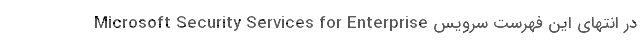
در انتهای این فهرست سرویس Microsoft Security Services for Enterprise